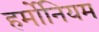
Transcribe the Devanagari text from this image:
हर्मोनियम